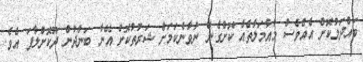
ބައްދަލުކޮށް އެއްވެސް މުއާމަލާތެއް ކޮށްގެން ނުވާނެކަމަށް ޝަރުތުކޮށް އޭނާ ބަންދުން ދޫކޮށްލާފަ އެވެ.